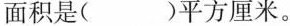
面积是( )平方厘米。